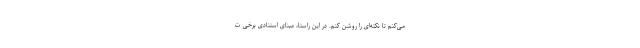
می‌کنم تا نکته‌ای را روشن کنم. در این راستا، مبنای استنادی برخی ت